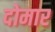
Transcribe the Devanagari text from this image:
दोमार